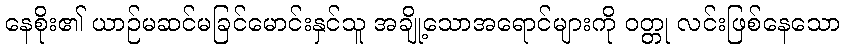
နေစိုး၏ ယာဉ်မဆင်မခြင်မောင်းနှင်သူ အချို့သောအရောင်များကို ဝတ္တု လင်းဖြစ်နေသော